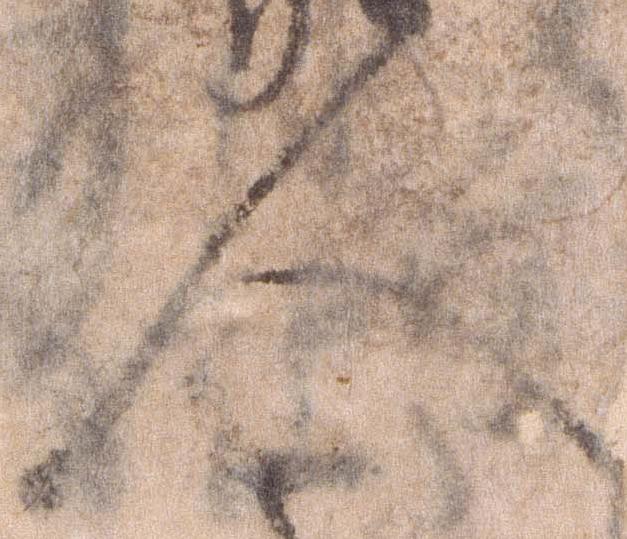
人